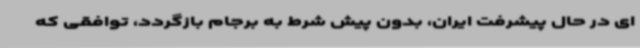
ای در حال پیشرفت ایران، بدون پیش شرط به برجام بازگردد، توافقی که